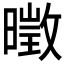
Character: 𱢨